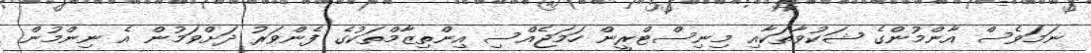
ނަމަވެސް އާންމުންގެ ޝަކުވާތަކާއި މިނިސްޓްރީން ހަމަޖެއްސި އިންތިޒާމްތަކުގެ ފެންވަރު ދަށްވަމުން އެ ނިންމުން